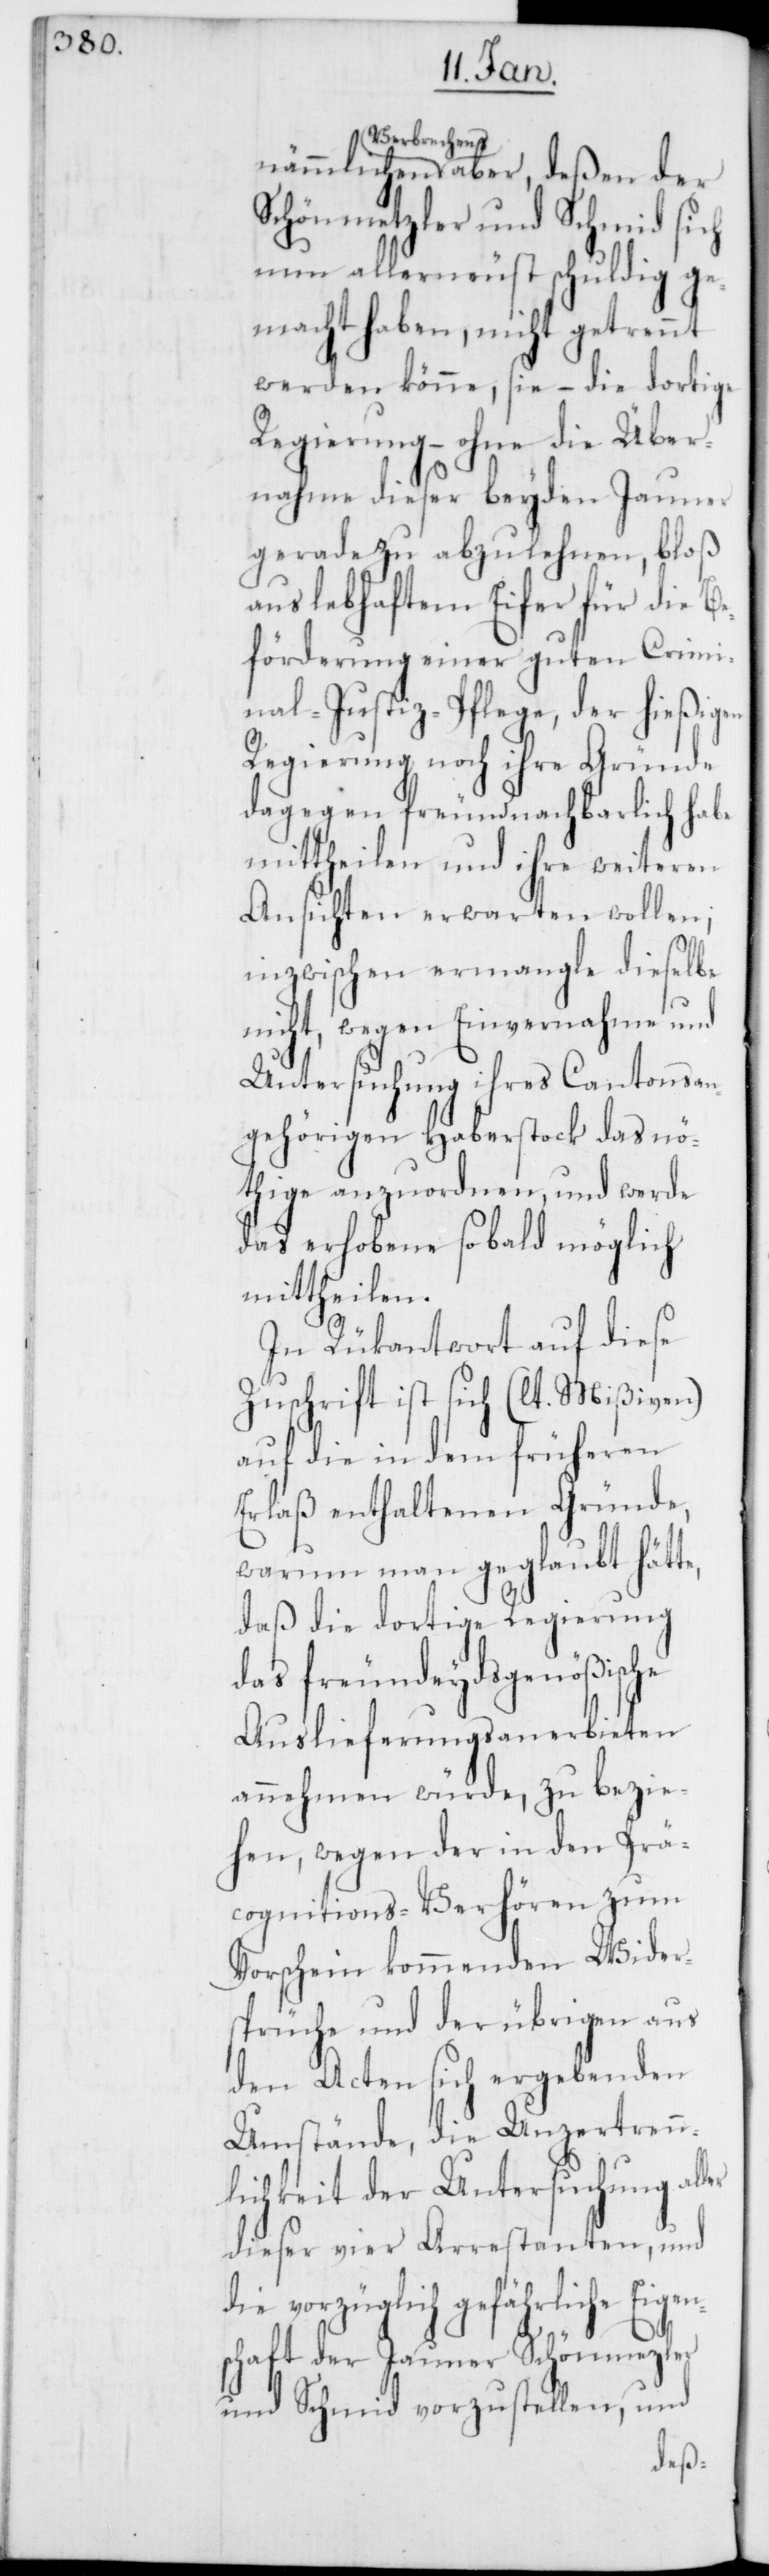
Verbrechens aber, deßen der
Schönmetzler und Schmid sich
nun allerneust schuldig ge¬
macht haben, nicht getrennt
werden könne, sie – die dortige
Regierung – ohne die Über¬
nahme dieser beyden Jauner
geradezu abzulehnen, bloß
aus lebhaftem Eifer für die Be¬
förderung einer guten Crimi¬
nal-Justiz-Pflege, der hießigen
Regierung noch ihre Gründe
dagegen freundnachbarlich habe
mittheilen und ihre weiteren
Ansichten erwarten wollen;
inzwischen ermangle dieselbe
nicht, wegen Einvernahme und
Untersuchung ihres Cantonsan¬
gehörigen Haberstock das nö¬
thige anzuordnen, und werde
das erhobene so bald möglich
mittheilen.
In Rükantwort auf diese
Zuschrift ist sich (lt. Mißiven)
auf die in dem früheren
Erlaß enthaltenen Gründe,
warum man geglaubt hätte,
daß die dortige Regierung
das freundeydsgenößische
Auslieferungsanerbieten
annehmen würde, zu bezie¬
hen, wegen der in den Prä¬
cognitions-Verhören zum
Vorschein kommenden Wider¬
sprüche und der übrigen aus
den Acten sich ergebenden
Umstände, die Unzertrenn¬
lichkeit der Untersuchung aller
dieser vier Arrestanten, und
die vorzüglich gefährliche Eigens¬
chaft der Jauner Schönmezler
und Schmid vorzustellen, und